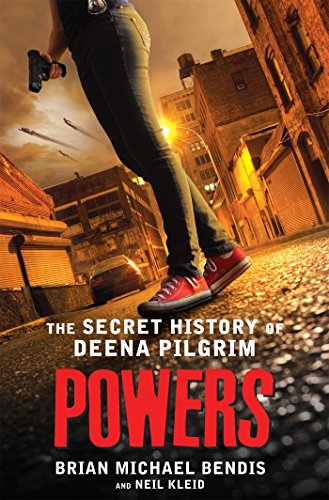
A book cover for Powers: The Secret History of Deena Pilgrim; Brian Michael Bendis; Science Fiction & Fantasy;